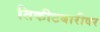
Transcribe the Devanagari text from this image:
तिकीटबारीवर